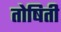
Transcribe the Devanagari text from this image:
तोषिती